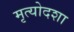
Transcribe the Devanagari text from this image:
मृत्योदशा